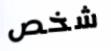
شخص